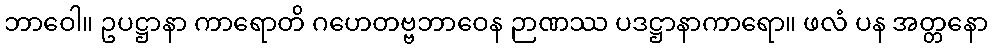
ဘာဝေါ။ ဥပဋ္ဌာနာ ကာရောတိ ဂဟေတဗ္ဗဘာဝေန ဉာဏဿ ပဒဋ္ဌာနာကာရော။ ဖလံ ပန အတ္တနော